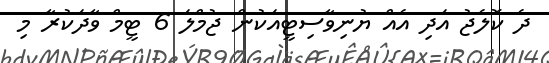
ދެ ކޮލެޖު އަދި އެއް ޔުނިވާސިޓީއަކުން ޖުމްލަ 6 ޓީމް ވާދަކުރާ މި